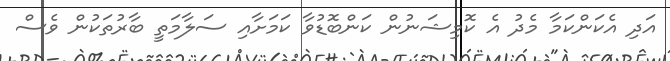
އަދި އެކަންކަމާ މެދު އެ ކޮމިޝަނުން ކަންބޮޑުވާ ކަމަށާއި ސަލާމަތީ ބާރުތަކުން ވެސް